Vaccine operations Central Provinces & Berar 1912-1920 - 1912-1920
Year: 1912
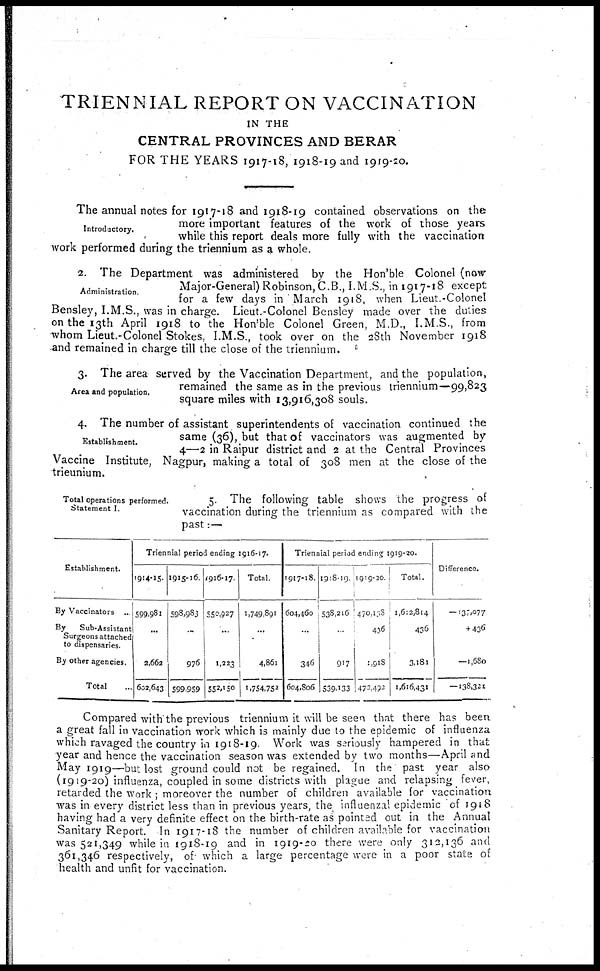
TRIENNIAL REPORT ON VACCINATION
IN THE
CENTRAL PROVINCES AND BERAR
FOR THE YEARS 1917-18, 1918-19 and 1919-20.
Introductory.
The annual notes for 1917-18 and 1918-19 contained observations on the
more important features of the work of those years
while this report deals more fully with the vaccination
work performed during the triennium as a whole.
Administration.
2. The Department was administered by the Hon'ble Colonel (now
Major-General) Robinson, C.B., I.M.S., in 1917-18 except
for a few days in March 1918, when Lieut-Colonel
Bensley, I.M.S., was in charge. Lieut.-Colonel Bensley made over the duties
on the 13th April 1918 to the Hon'ble Colonel Green, M.D., I.M.S., from
whom Lieut.-Colonel Stokes, I.M.S., took over on the 28th November 1918
-and remained in charge till the close of the triennium.
Area and population.
3. The area served by the Vaccination Department, and the population,
remained the same as in the previous triennium—99,823
square miles with 13,916,308 souls.
Establishment.
4. The number of assistant superintendents of vaccination continued the
same (36), but that of vaccinators was augmented by
4—2 in Raipur district and 2 at the Central Provinces
Vaccine Institute, Nagpur, making a total of 308 men at the close of the
trieunium.
Total operations performed.
Statement I.
5. The following table shows the progress of
vaccination during the triennium as compared with the
past:—
Establishment.
By Vaccinators ..
By
Sub-Assistant
Surgeons attached
to dispensaries.
By other agencies.
Total ...
Triennial period ending 1916-17.
1914-15.
599,981
...
2,662
602,643
1915-16
598,983
...
976
599,959
1916-17
550,927
...
1,223
552,150
Total.
1,749,891
...
4,861
1,754,752
Triennial period ending 1919-20.
1917-18.
604,460
...
346
604,806
1918-19
538,216
...
917
539,133
1919-20
470,138
436
1,918
472,492
Total.
1,612,814
436
3,181
1,616,431
Difference.
— 137,077
+ 436
—1,680
— 138,321
Compared with the previous triennium it will be seen that there has been
a great fall in vaccination work which is mainly due to the epidemic of influenza
which ravaged the country in 1918-19 Work was seriously hampered in that
year and hence the vaccination season was extended by two months—April and
May 1919—but lost ground could not be regained. In the past year also
(1919-20) influenza, coupled in some districts with plague and relapsing fever,
retarded the work ; moreover the number of children available for vaccination
was in every district less than in previous years, the influenzal epidemic of 1918
having had a very definite effect on the birth-rate as pointed out in the Annual
Sanitary Report. In 1917-18 the number of children available for vaccination
was 521,349 while in 1918-19 and in 1919-20 there were only 312,136 and
361,346 respectively, of which a large percentage were in a poor state of
health and unfit for vaccination.